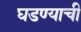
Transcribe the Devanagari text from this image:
घडण्याची